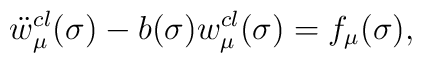
\ddot{w}^{cl}_\mu(\sigma)-b(\sigma){w}^{cl}_\mu(\sigma)=f_\mu(\sigma),